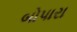
બોપારા